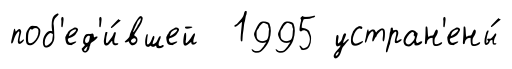
поб'ед'и́вшей 1995 устран'ены́